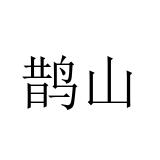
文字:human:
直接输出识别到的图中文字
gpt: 鹊山